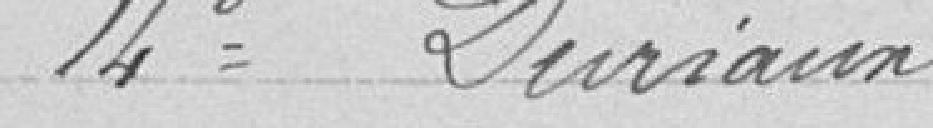
14° Duriaux